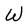
Character: W